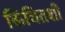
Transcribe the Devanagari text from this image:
किंचितशी